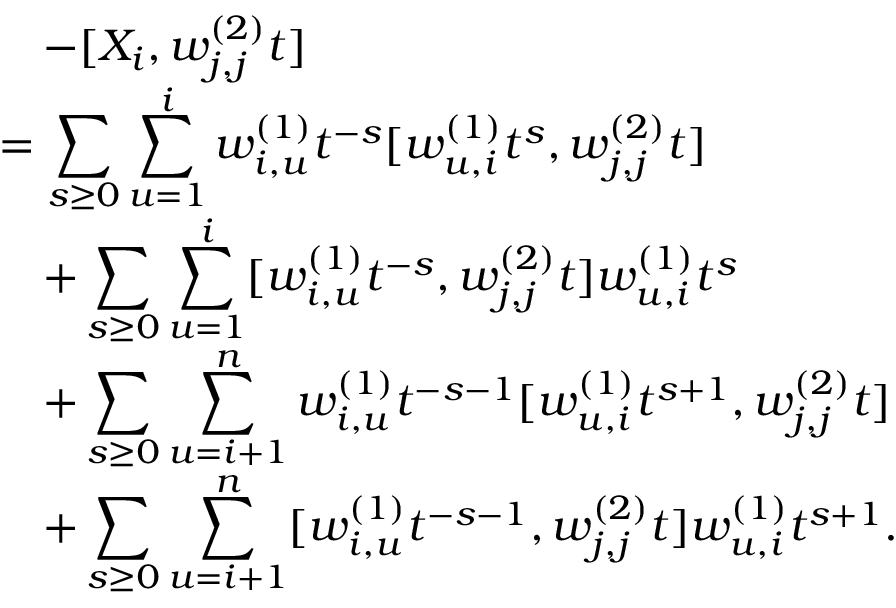
\begin{array} { r l } & { \quad - [ X _ { i } , w _ { j , j } ^ { ( 2 ) } t ] } \\ & { = \displaystyle \sum _ { s \geq 0 } \displaystyle \sum _ { u = 1 } ^ { i } w _ { i , u } ^ { ( 1 ) } t ^ { - s } [ w _ { u , i } ^ { ( 1 ) } t ^ { s } , w _ { j , j } ^ { ( 2 ) } t ] } \\ & { \quad + \displaystyle \sum _ { s \geq 0 } \displaystyle \sum _ { u = 1 } ^ { i } [ w _ { i , u } ^ { ( 1 ) } t ^ { - s } , w _ { j , j } ^ { ( 2 ) } t ] w _ { u , i } ^ { ( 1 ) } t ^ { s } } \\ & { \quad + \displaystyle \sum _ { s \geq 0 } \displaystyle \sum _ { u = i + 1 } ^ { n } w _ { i , u } ^ { ( 1 ) } t ^ { - s - 1 } [ w _ { u , i } ^ { ( 1 ) } t ^ { s + 1 } , w _ { j , j } ^ { ( 2 ) } t ] } \\ & { \quad + \displaystyle \sum _ { s \geq 0 } \displaystyle \sum _ { u = i + 1 } ^ { n } [ w _ { i , u } ^ { ( 1 ) } t ^ { - s - 1 } , w _ { j , j } ^ { ( 2 ) } t ] w _ { u , i } ^ { ( 1 ) } t ^ { s + 1 } . } \end{array}